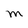
Character: M